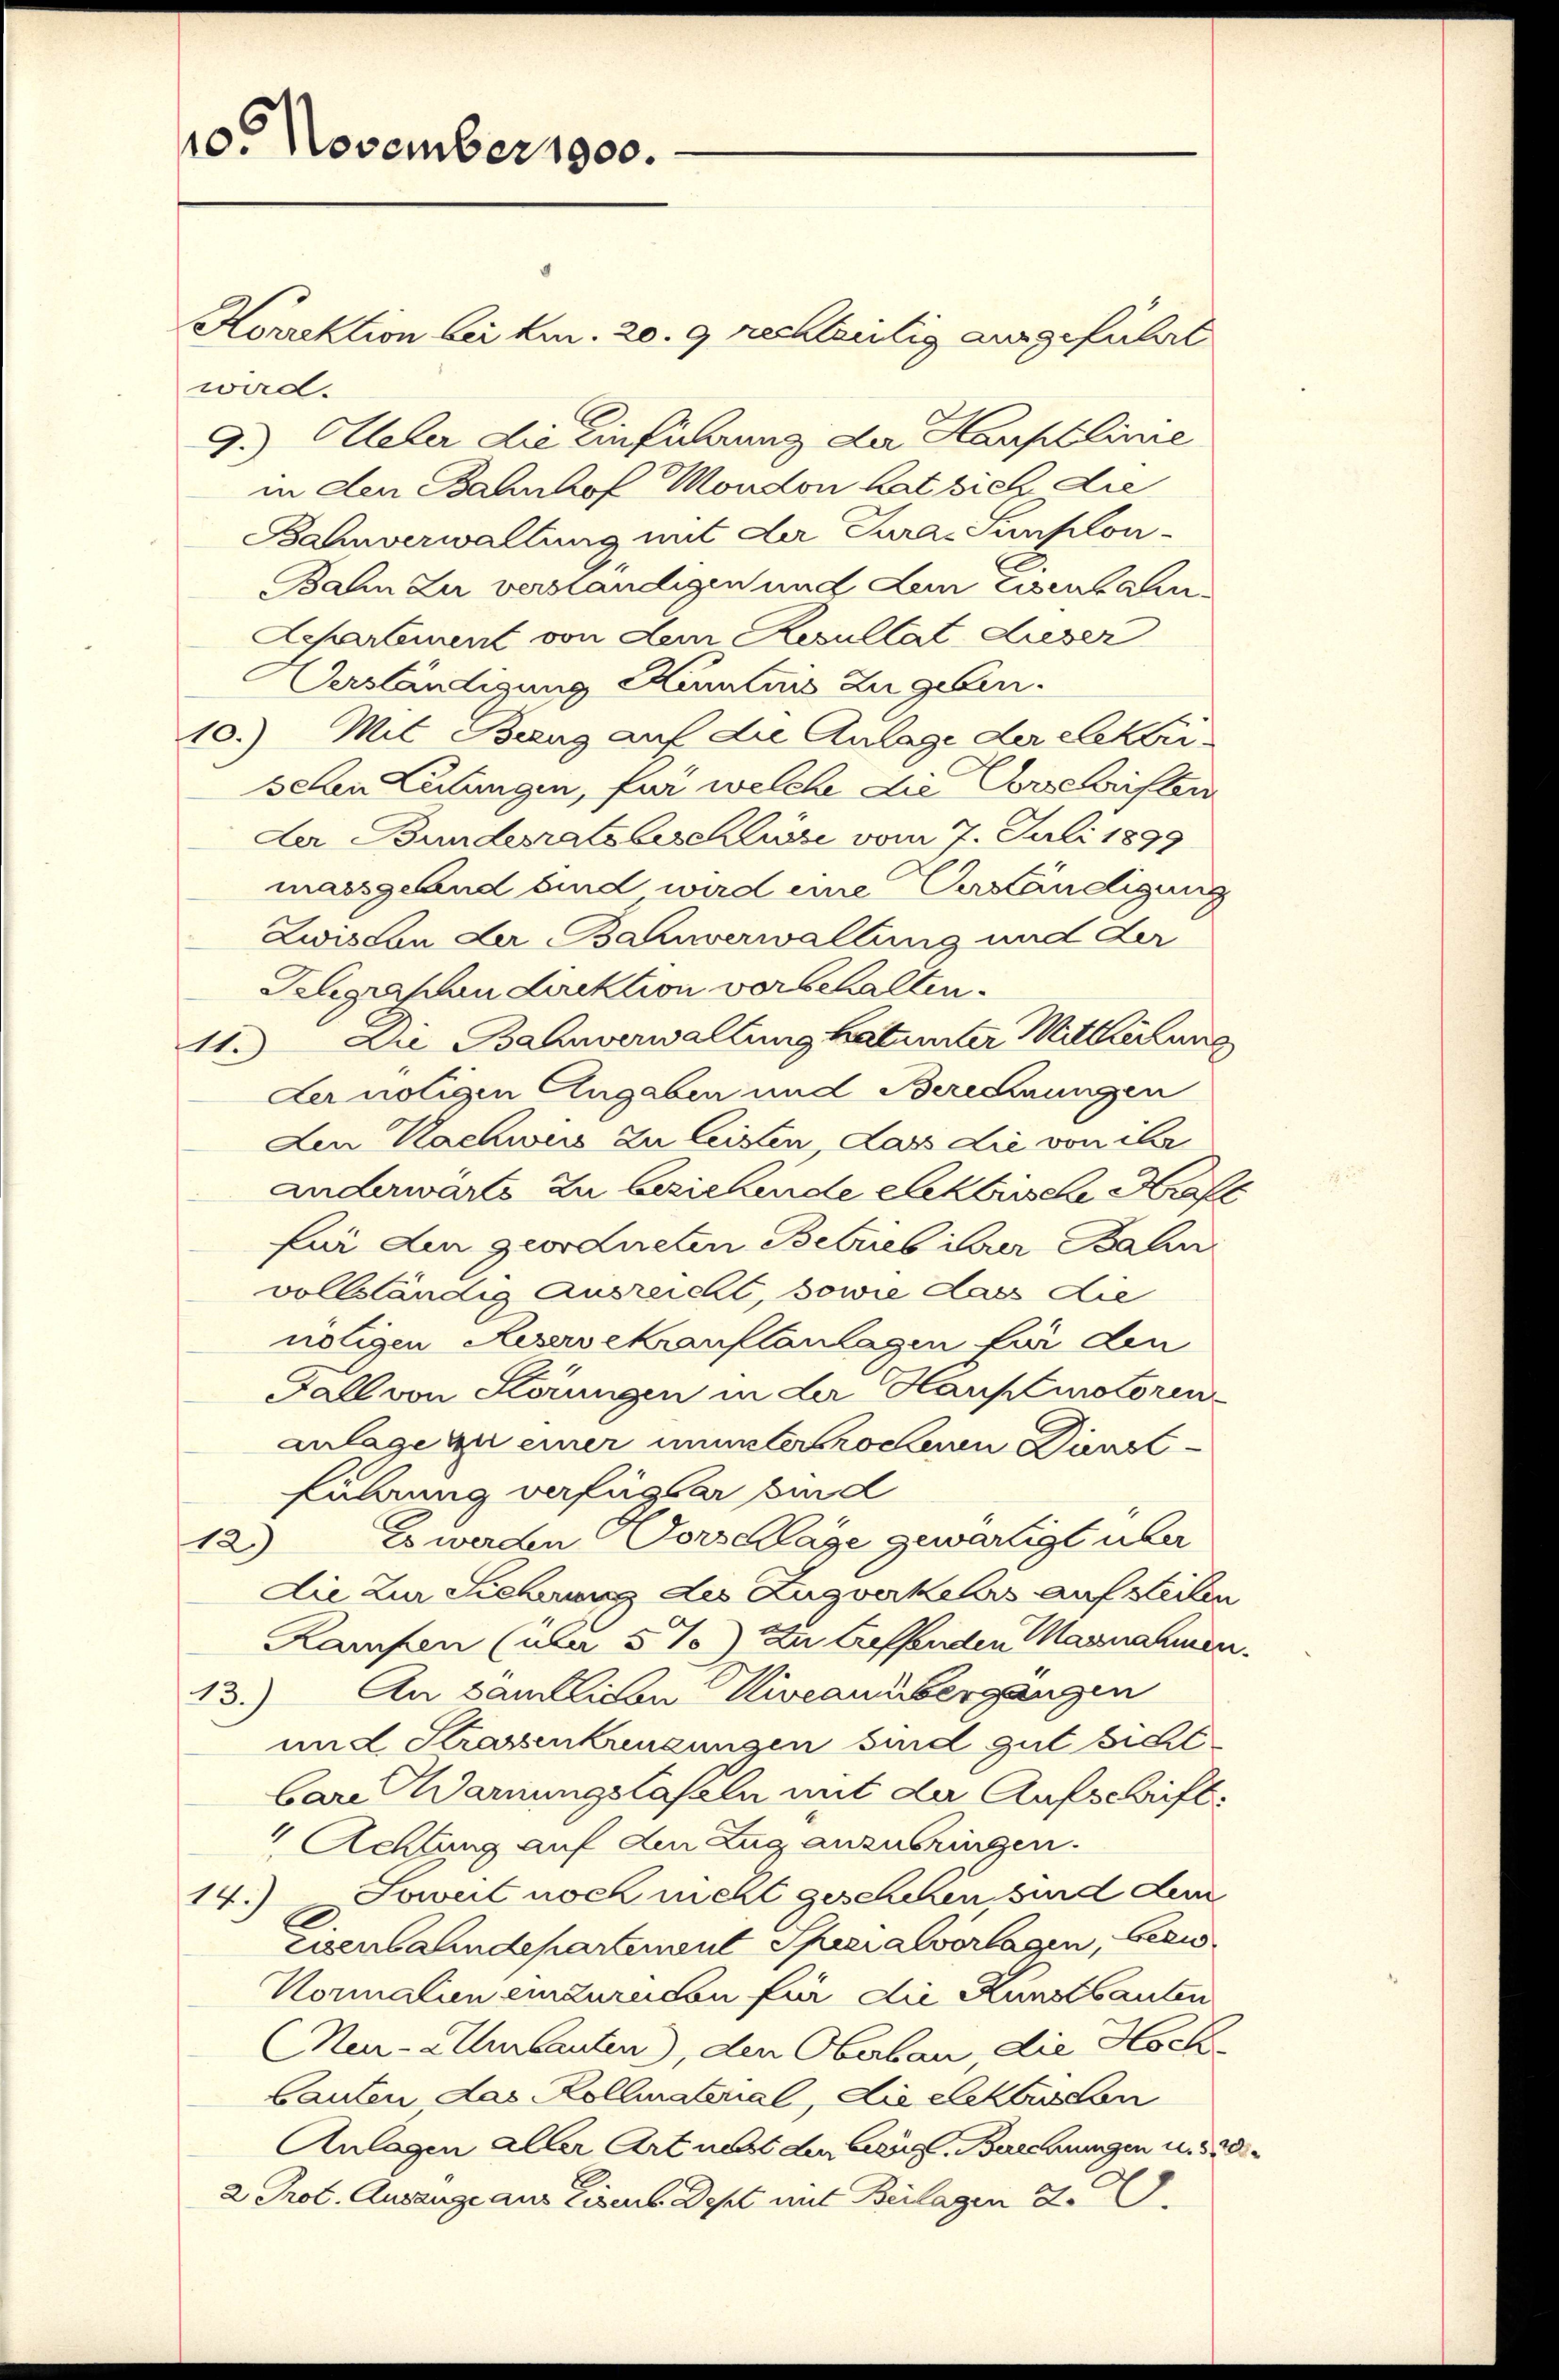
10. November 1900.

Korrektion bei kn. 20. 9 rechtseitig ausgeführt
ward.
9.) Heler die Einführung der Hauptlinie
in den Bahnhof Mondon hat sich die
Bahnverwaltung mit der Jura, Sunplon¬
Bahn zu verständigen und Lein Eisens Lu¬
Aepartement von dem Resultat dieser
Verständigung Kenntnis zugeben.
10.) Mit Bang auf die Anlage der Elektri
sehen Zutungen, für welche die Erschriften
Der Bundesratsbeschlusi vom 7. Juli 1899
massgland sind wird eine Verständigung
Zwisten der Bahnverwaltung und der
Klegraphen direktion vorbehalten.
11.) Die Bahnverwaltung katenter Mitterkung
der nötigen Angaben und Berechnungen
Len Nachweis zu leisten dass die von ihr
anderwarts zu beziehende Elektrische Kraft
für die geordneten Betrieb ihrer Bahn
vollständig ausreicht, sowie dass die
nötigen Keservekranflanlagen für den
Fall von Störungen in der Hauptmotoren
anlage zu einer ununterrochenen Dunst
führung verfügbar bind
Es werden Vorschlage gewärtigt über
12)
die zur Sicherung des Zugverkels auf steilen
Rampen (über 5 % zu treffenden Mannahmen.
An sämtlichen Niveau übergangen
13./
und Strassenkungungen sind gut sicht
bare Warnungstafeln mit der Aufschrift
 Achtung auf den Zug anzubringen.
14.) Soweit noch nicht geschehen sind dem
Eisenbahndepartement Specialverlagen, bezw¬
Noralien einzureichen für die Kunstbauten
Neu-Umbauten, den Oberbau, die Hoch
Cauten das Kollmaterial, die elektrischen
Anlagen aller Art nebst den weg. Berechnungen u. 320.
2 Prot. Augange aus Eisens Dept mit Beilagen d.